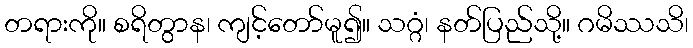
တရားကို။ စရိတွာန၊ ကျင့်တော်မူ၍။ သဂ္ဂံ၊ နတ်ပြည်သို့။ ဂမိဿသိ၊